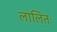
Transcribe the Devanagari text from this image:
लालितः